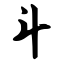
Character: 斗